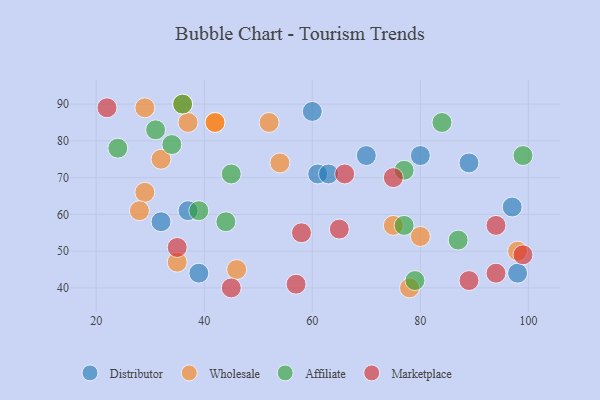
{"axis": {"x": "GDP", "y": "Life Expectancy"}, "legend": ["Affiliate", "Distributor", "Marketplace", "Wholesale"], "data": [{"x": "39", "y": 44, "type": "Distributor"}, {"x": "61", "y": 71, "type": "Distributor"}, {"x": "80", "y": 76, "type": "Distributor"}, {"x": "98", "y": 44, "type": "Distributor"}, {"x": "89", "y": 74, "type": "Distributor"}, {"x": "70", "y": 76, "type": "Distributor"}, {"x": "60", "y": 88, "type": "Distributor"}, {"x": "37", "y": 61, "type": "Distributor"}, {"x": "97", "y": 62, "type": "Distributor"}, {"x": "63", "y": 71, "type": "Distributor"}, {"x": "32", "y": 58, "type": "Distributor"}, {"x": "29", "y": 66, "type": "Wholesale"}, {"x": "75", "y": 57, "type": "Wholesale"}, {"x": "42", "y": 85, "type": "Wholesale"}, {"x": "29", "y": 89, "type": "Wholesale"}, {"x": "28", "y": 61, "type": "Wholesale"}, {"x": "37", "y": 85, "type": "Wholesale"}, {"x": "54", "y": 74, "type": "Wholesale"}, {"x": "42", "y": 85, "type": "Wholesale"}, {"x": "80", "y": 54, "type": "Wholesale"}, {"x": "36", "y": 90, "type": "Wholesale"}, {"x": "35", "y": 47, "type": "Wholesale"}, {"x": "46", "y": 45, "type": "Wholesale"}, {"x": "78", "y": 40, "type": "Wholesale"}, {"x": "98", "y": 50, "type": "Wholesale"}, {"x": "32", "y": 75, "type": "Wholesale"}, {"x": "52", "y": 85, "type": "Wholesale"}, {"x": "31", "y": 83, "type": "Affiliate"}, {"x": "44", "y": 58, "type": "Affiliate"}, {"x": "84", "y": 85, "type": "Affiliate"}, {"x": "39", "y": 61, "type": "Affiliate"}, {"x": "77", "y": 57, "type": "Affiliate"}, {"x": "87", "y": 53, "type": "Affiliate"}, {"x": "79", "y": 42, "type": "Affiliate"}, {"x": "77", "y": 72, "type": "Affiliate"}, {"x": "99", "y": 76, "type": "Affiliate"}, {"x": "45", "y": 71, "type": "Affiliate"}, {"x": "24", "y": 78, "type": "Affiliate"}, {"x": "36", "y": 90, "type": "Affiliate"}, {"x": "34", "y": 79, "type": "Affiliate"}, {"x": "65", "y": 56, "type": "Marketplace"}, {"x": "45", "y": 40, "type": "Marketplace"}, {"x": "94", "y": 44, "type": "Marketplace"}, {"x": "94", "y": 57, "type": "Marketplace"}, {"x": "75", "y": 70, "type": "Marketplace"}, {"x": "99", "y": 49, "type": "Marketplace"}, {"x": "66", "y": 71, "type": "Marketplace"}, {"x": "58", "y": 55, "type": "Marketplace"}, {"x": "35", "y": 51, "type": "Marketplace"}, {"x": "22", "y": 89, "type": "Marketplace"}, {"x": "89", "y": 42, "type": "Marketplace"}, {"x": "57", "y": 41, "type": "Marketplace"}]}